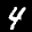
Label: 4